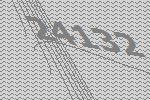
24132